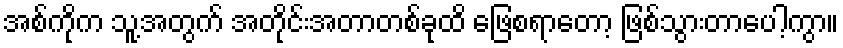
အစ်ကိုက သူ့အတွက် အတိုင်းအတာတစ်ခုထိ ဖြေစရာတော့ ဖြစ်သွားတာပေါ့ကွာ။